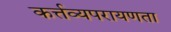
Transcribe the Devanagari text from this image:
कर्त्तव्यपरायणता